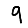
Digit: 9